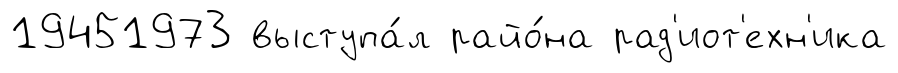
19451973 выступа́л райо́на рад'иот'ехн'ика